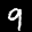
Label: 9